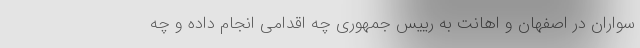
سواران در اصفهان و اهانت به رییس جمهوری چه اقدامی انجام داده و چه